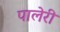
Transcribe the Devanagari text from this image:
पालेरी